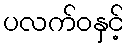
ပလက်ဝနှင့်